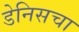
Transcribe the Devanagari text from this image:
डेनिसचा